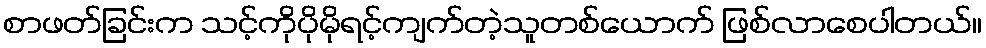
စာဖတ်ခြင်းက သင့်ကိုပိုမိုရင့်ကျက်တဲ့သူတစ်ယောက် ဖြစ်လာစေပါတယ်။